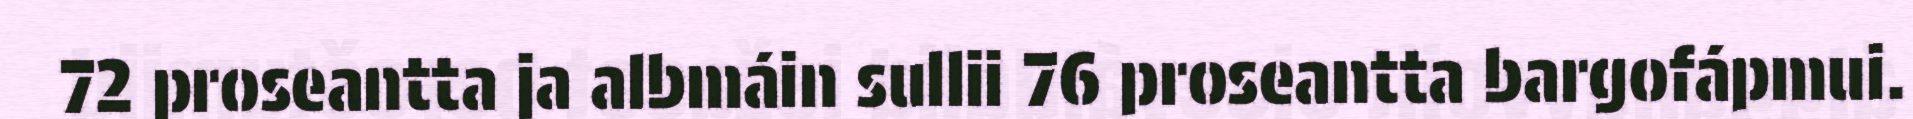
72 proseantta ja albmáin sullii 76 proseantta bargofápmui.